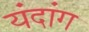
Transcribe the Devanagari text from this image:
यंदांग